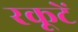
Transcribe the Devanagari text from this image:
रकूटें